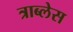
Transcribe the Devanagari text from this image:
त्राब्लेस